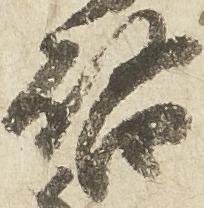
啓